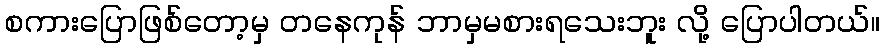
စကားပြောဖြစ်တော့မှ တနေကုန် ဘာမှမစားရသေးဘူး လို့ ပြောပါတယ်။